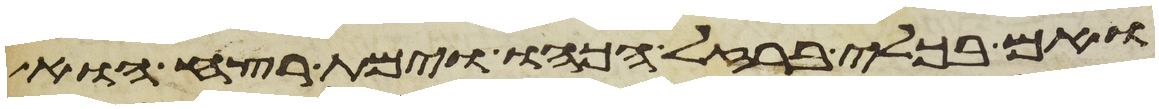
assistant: ואם בכלי ברזל הכהו וימת רצח הוא